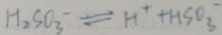
H _ { 2 } S O _ { 3 } ^ { + } \rightleftharpoons H ^ { + } + H S O _ { 3 } ^ { \cdot }